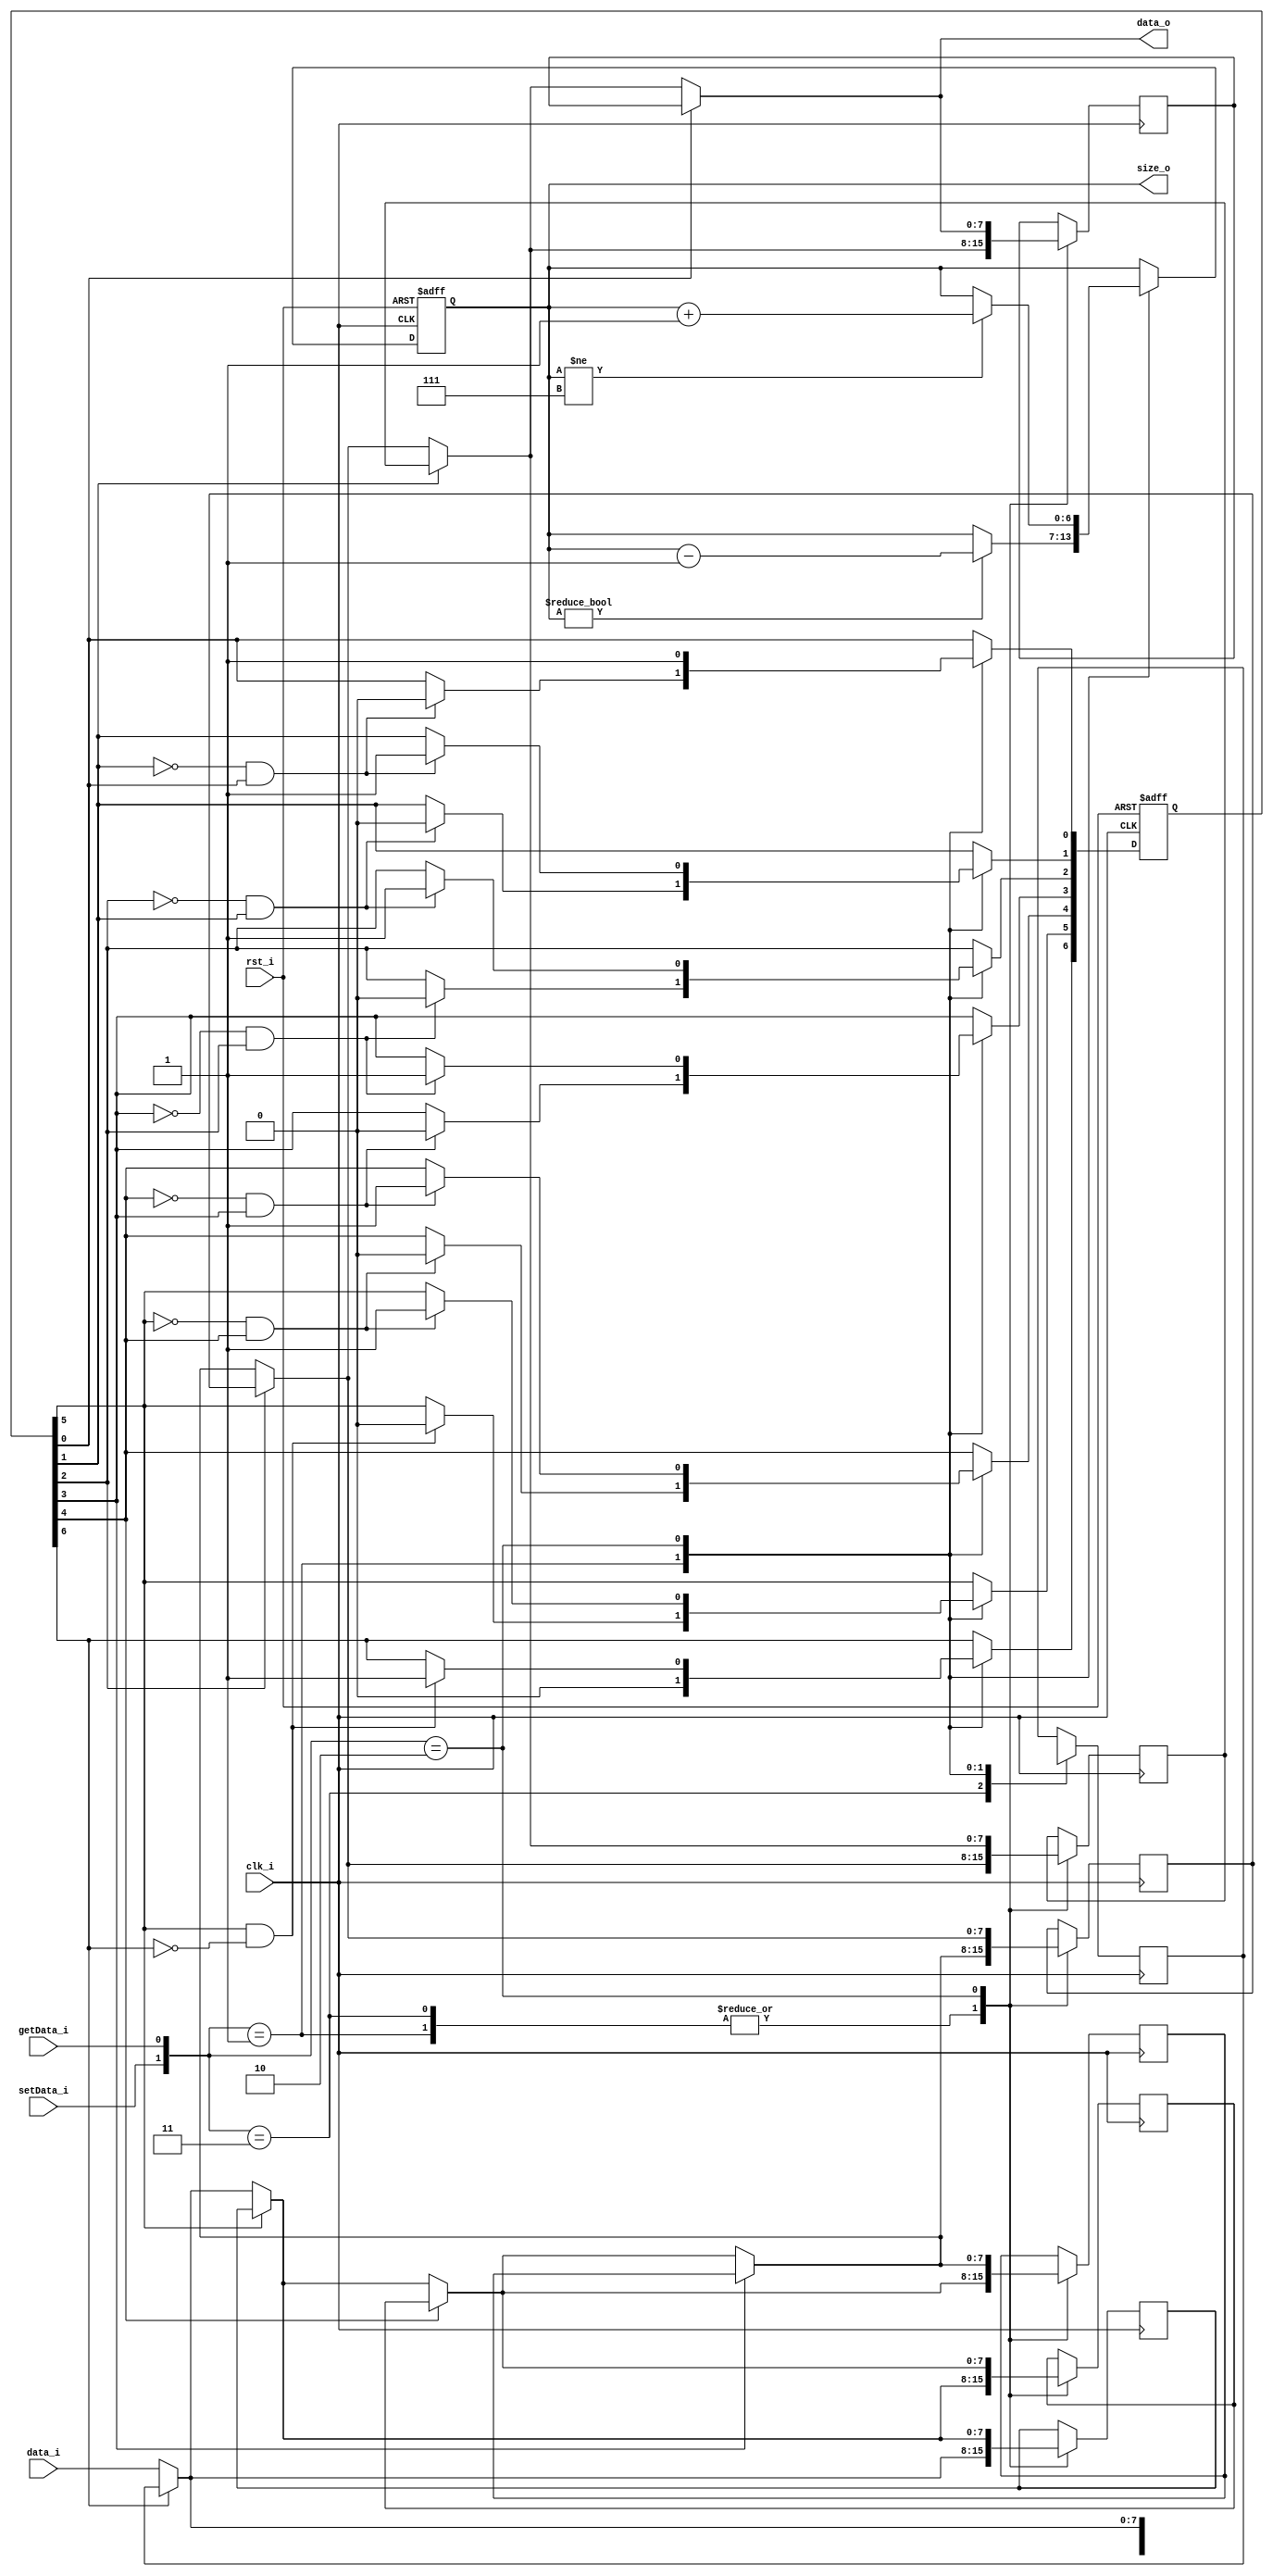
`timescale 1ns/1ns

module fifo #(
    parameter DEPTH = 7,
    parameter WIDTH = 8
)(
    input clk_i,
    input rst_i,
    input [WIDTH-1:0] data_i,
    input setData_i,
    output [WIDTH-1:0] data_o,
    input getData_i,
    output reg [DEPTH-1:0] size_o //No idea how to do this properly
);

reg [WIDTH-1:0] fifo [DEPTH-1:0];
reg [DEPTH-1:0] used_o;
reg [WIDTH-1:0] fifoPassthrough [DEPTH-1:0];


integer i;

//Next data to read is always at pos 0; passthrough is used in case the fifo is empty and read/write at the same time
assign data_o = fifoPassthrough[0];

//New data is passed through to the lowest free register
always @(*) begin
    if (used_o[DEPTH-1]) fifoPassthrough[DEPTH-1] = fifo[DEPTH-1]; //If the fifo level is used, passthrough is set to the value in this level
    else fifoPassthrough[DEPTH-1] = data_i; //Else the passthrough data from above is used, or in case of the highest level, the data input
    for (i=DEPTH-2 ; i>=0; i=i-1) begin
        if (used_o[i]) fifoPassthrough[i] = fifo[i];
        else fifoPassthrough[i] = fifoPassthrough[i+1];
    end

end
//usage monitoring
always @(posedge(rst_i),posedge(clk_i)) begin
    if (rst_i) begin
        used_o <= {DEPTH{1'b0}}; //size shows for every level, if it holds value
        size_o <= {DEPTH{1'b0}}; //size is only a counter to return usage
    end
    else if (clk_i) begin
        case ({setData_i,getData_i})
            2'b01: begin //only read data
                for ( i=0; i<DEPTH-1; i=i+1) begin
                    if (used_o[i] && !used_o[i+1]) used_o[i] <= 1'b0; //the index 0 is freed and higher levels ripple down
                end
                used_o[DEPTH-1] <= 1'b0; //the highest level is now always free
                if (size_o != 0) size_o <= size_o-1'b1;
            end
            2'b10: begin // only write data
                for ( i=1; i<DEPTH; i=i+1) begin
                    if (!used_o[i] && used_o[i-1]) used_o[i] <= 1'b1; //If the level is free, but the level below is used, this level is now also used
                end
                used_o[0] <= 1'b1; //When we write new data, the lowest level is definitly used now
                if (size_o != DEPTH) size_o <= size_o+1'b1;
            end
            default: used_o <= used_o; //If there is no access, or simultanious read/write, the usage does not change
        endcase 
    end
end

always @(posedge(clk_i)) begin
    if (clk_i) begin
        case ({setData_i,getData_i})
            2'b11: begin //read/write at the same time
                for (i = 0; i<DEPTH-1 ; i=i+1) begin
                    fifo[i] <= fifoPassthrough[i+1]; //get the next value from the passthrough line
                end
                fifo[DEPTH-1] <= data_i;
            end 
            2'b01: begin
                for (i = 0; i<DEPTH-1 ; i=i+1) begin
                    fifo[i] <= fifoPassthrough[i+1];
                end
                fifo[DEPTH-1] <= {WIDTH{1'bx}}; //if you only read from buffer, I don't care what is loaded in top; This is output if more reads than writes
            end
            2'b10: begin
                for (i = 0; i<DEPTH-1 ; i=i+1) begin
                    if (!used_o[i]) fifo[i] <= fifoPassthrough[i+1]; //only get the next value from the passthrough line, if you are currently not in use
                end
                if (!used_o[DEPTH-1]) fifo[DEPTH-1] <= data_i; //if the buffer is already full, the new data is lost
           end
           default: begin //No read/write
               for (i = 0; i<DEPTH; i=i+1) begin //This is just neccesary, to please yosys. All hail/prey to yosys
                   fifo[i] <= fifo[i];
               end
           end
       endcase 
    end
end
    
endmodule